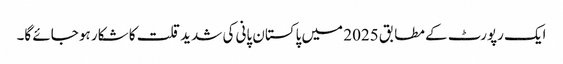
ایک رپورٹ کے مطابق 2025 میں پاکستان پانی کی شدید قلت کا شکار ہو جائے گا۔